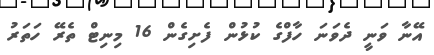
އޭނާ ވަނީ ދެވަނަ ހާފްގެ ކުޅުން ފެށިގެން 16 މިނިޓް ތެރޭ ހަތަރު